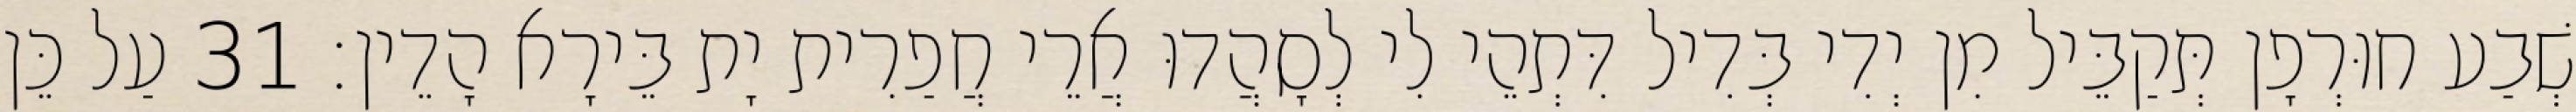
שְׁבַע חוּרְפָן תְּקַבֵּיל מִן יְדִי בְּדִיל דִּתְהֵי לִי לְסָהֲדוּ אֲרֵי חֲפַרִית יָת בֵּירָא הָדֵין׃ 31 עַל כֵּן